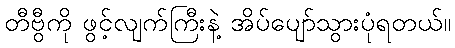
တီဗွီကို ဖွင့်လျက်ကြီးနဲ့ အိပ်ပျော်သွားပုံရတယ်။